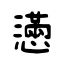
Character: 懣